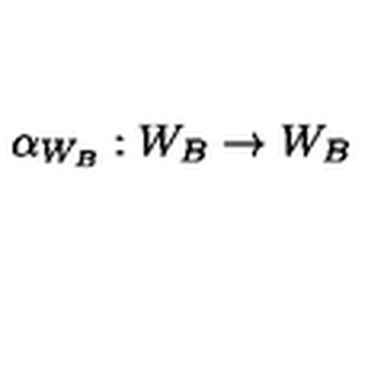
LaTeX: \alpha _ { W _ { B } } : W _ { B } \to W _ { B }